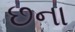
છના